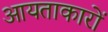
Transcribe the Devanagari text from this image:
आयताकारों